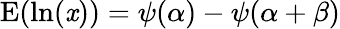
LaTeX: \operatorname{E}(\ln(\mathit{x}))=\psi(\alpha)-\psi(\alpha+\beta)